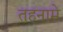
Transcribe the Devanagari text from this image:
तहनामे